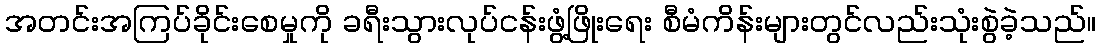
အတင်းအကြပ်ခိုင်းစေမှုကို ခရီးသွားလုပ်ငန်းဖွံ့ဖြိုးရေး စီမံကိန်းများတွင်လည်းသုံးစွဲခဲ့သည်။